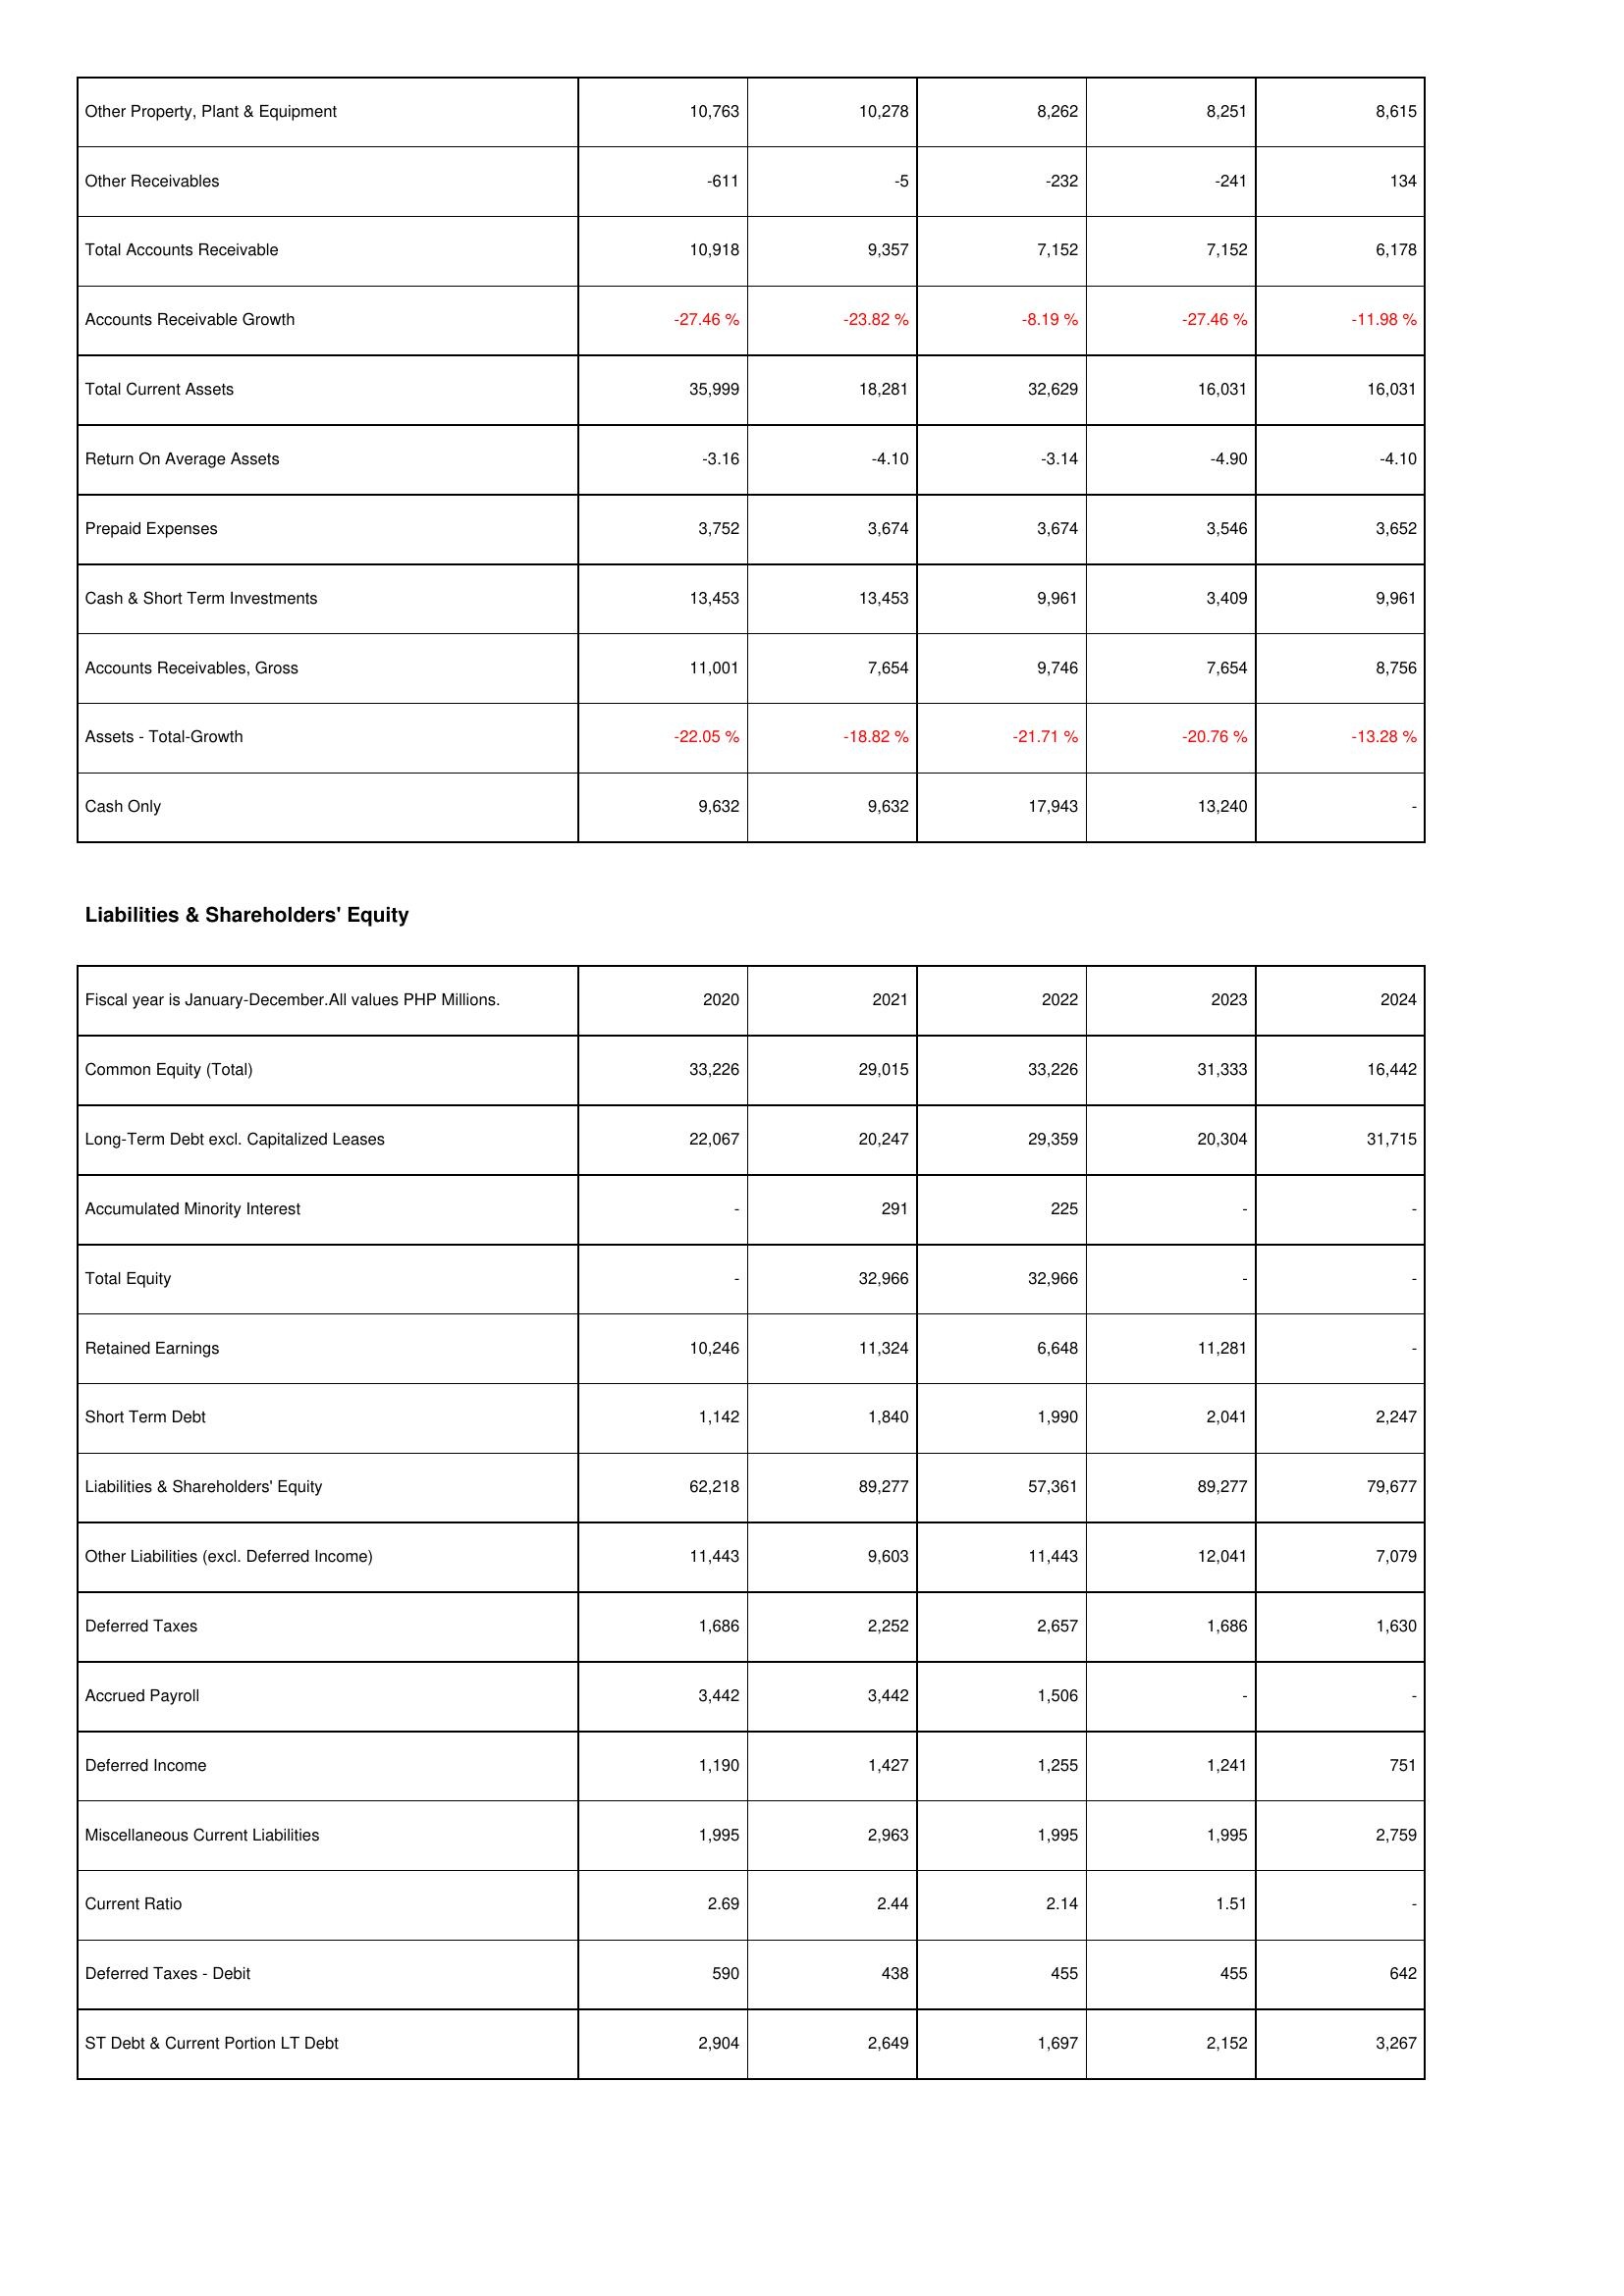
2020: Assets: Other Property, Plant & Equipment: 10,763
Other Receivables: -611
Total Accounts Receivable: 10,918
Accounts Receivable Growth: -27.46 %
Total Current Assets: 35,999
Return On Average Assets: -3.16
Prepaid Expenses: 3,752
Cash & Short Term Investments: 13,453
Accounts Receivables, Gross: 11,001
Assets - Total-Growth: -22.05 %
Cash Only: 9,632
Liabilities & Shareholders' Equity: Common Equity (Total): 33,226
Long-Term Debt excl. Capitalized Leases: 22,067
Accumulated Minority Interest: -
Total Equity: -
Retained Earnings: 10,246
Short Term Debt: 1,142
Liabilities & Shareholders' Equity: 62,218
Other Liabilities (excl. Deferred Income): 11,443
Deferred Taxes: 1,686
Accrued Payroll: 3,442
Deferred Income: 1,190
Miscellaneous Current Liabilities: 1,995
Current Ratio: 2.69
Deferred Taxes - Debit: 590
ST Debt & Current Portion LT Debt: 2,904
2021: Assets: Other Property, Plant & Equipment: 10,278
Other Receivables: -5
Total Accounts Receivable: 9,357
Accounts Receivable Growth: -23.82 %
Total Current Assets: 18,281
Return On Average Assets: -4.10
Prepaid Expenses: 3,674
Cash & Short Term Investments: 13,453
Accounts Receivables, Gross: 7,654
Assets - Total-Growth: -18.82 %
Cash Only: 9,632
Liabilities & Shareholders' Equity: Common Equity (Total): 29,015
Long-Term Debt excl. Capitalized Leases: 20,247
Accumulated Minority Interest: 291
Total Equity: 32,966
Retained Earnings: 11,324
Short Term Debt: 1,840
Liabilities & Shareholders' Equity: 89,277
Other Liabilities (excl. Deferred Income): 9,603
Deferred Taxes: 2,252
Accrued Payroll: 3,442
Deferred Income: 1,427
Miscellaneous Current Liabilities: 2,963
Current Ratio: 2.44
Deferred Taxes - Debit: 438
ST Debt & Current Portion LT Debt: 2,649
2022: Assets: Other Property, Plant & Equipment: 8,262
Other Receivables: -232
Total Accounts Receivable: 7,152
Accounts Receivable Growth: -8.19 %
Total Current Assets: 32,629
Return On Average Assets: -3.14
Prepaid Expenses: 3,674
Cash & Short Term Investments: 9,961
Accounts Receivables, Gross: 9,746
Assets - Total-Growth: -21.71 %
Cash Only: 17,943
Liabilities & Shareholders' Equity: Common Equity (Total): 33,226
Long-Term Debt excl. Capitalized Leases: 29,359
Accumulated Minority Interest: 225
Total Equity: 32,966
Retained Earnings: 6,648
Short Term Debt: 1,990
Liabilities & Shareholders' Equity: 57,361
Other Liabilities (excl. Deferred Income): 11,443
Deferred Taxes: 2,657
Accrued Payroll: 1,506
Deferred Income: 1,255
Miscellaneous Current Liabilities: 1,995
Current Ratio: 2.14
Deferred Taxes - Debit: 455
ST Debt & Current Portion LT Debt: 1,697
2023: Assets: Other Property, Plant & Equipment: 8,251
Other Receivables: -241
Total Accounts Receivable: 7,152
Accounts Receivable Growth: -27.46 %
Total Current Assets: 16,031
Return On Average Assets: -4.90
Prepaid Expenses: 3,546
Cash & Short Term Investments: 3,409
Accounts Receivables, Gross: 7,654
Assets - Total-Growth: -20.76 %
Cash Only: 13,240
Liabilities & Shareholders' Equity: Common Equity (Total): 31,333
Long-Term Debt excl. Capitalized Leases: 20,304
Accumulated Minority Interest: -
Total Equity: -
Retained Earnings: 11,281
Short Term Debt: 2,041
Liabilities & Shareholders' Equity: 89,277
Other Liabilities (excl. Deferred Income): 12,041
Deferred Taxes: 1,686
Accrued Payroll: -
Deferred Income: 1,241
Miscellaneous Current Liabilities: 1,995
Current Ratio: 1.51
Deferred Taxes - Debit: 455
ST Debt & Current Portion LT Debt: 2,152
2024: Assets: Other Property, Plant & Equipment: 8,615
Other Receivables: 134
Total Accounts Receivable: 6,178
Accounts Receivable Growth: -11.98 %
Total Current Assets: 16,031
Return On Average Assets: -4.10
Prepaid Expenses: 3,652
Cash & Short Term Investments: 9,961
Accounts Receivables, Gross: 8,756
Assets - Total-Growth: -13.28 %
Cash Only: -
Liabilities & Shareholders' Equity: Common Equity (Total): 16,442
Long-Term Debt excl. Capitalized Leases: 31,715
Accumulated Minority Interest: -
Total Equity: -
Retained Earnings: -
Short Term Debt: 2,247
Liabilities & Shareholders' Equity: 79,677
Other Liabilities (excl. Deferred Income): 7,079
Deferred Taxes: 1,630
Accrued Payroll: -
Deferred Income: 751
Miscellaneous Current Liabilities: 2,759
Current Ratio: -
Deferred Taxes - Debit: 642
ST Debt & Current Portion LT Debt: 3,267